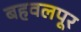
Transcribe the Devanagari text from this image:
बहवलपूर